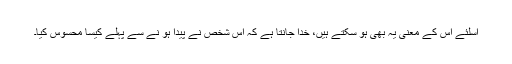
اسلئے اس کے معنی یہ بھی ہو سکتے ہیں، خدا جانتا ہے کہ اس شخص نے پیدا ہو نے سے پہلے کیسا محسوس کیا۔